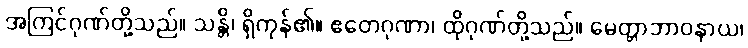
အကြင်ဂုဏ်တို့သည်။ သန္တိ၊ ရှိကုန်၏။ ဧတေဂုဏာ၊ ထိုဂုဏ်တို့သည်။ မေတ္တာဘာဝနာယ၊